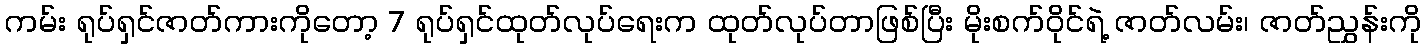
ကမ်း ရုပ်ရှင်ဇာတ်ကားကိုတော့ 7 ရုပ်ရှင်ထုတ်လုပ်ရေးက ထုတ်လုပ်တာဖြစ်ပြီး မိုးစက်ဝိုင်ရဲ့ ဇာတ်လမ်း၊ ဇာတ်ညွှန်းကို